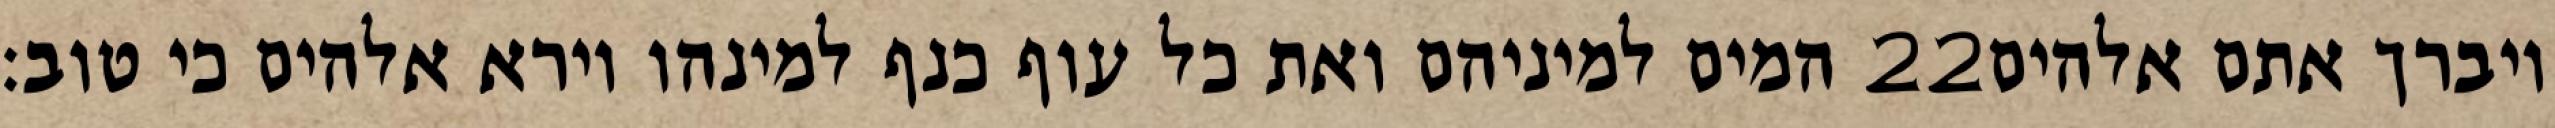
המים למיניהם ואת כל עוף כנף למינהו וירא אלהים כי טוב׃ ‎22‏ ויברך אתם אלהים